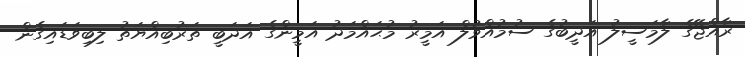
ރާއްޖޭގެ ލާމަސީލު އަދީބުގެ ސުމުއްވުލް އަމީރު މުޙައްމަދު އަމީންގެ އަދަބީ ތަރުބިއްޔަތު ލިބިވަޑައިގެން